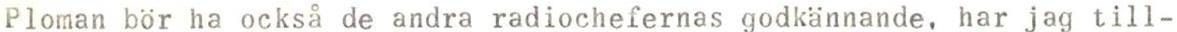
Ploman bör ha också de andra radiochefernas godkännande, har jag till-